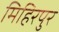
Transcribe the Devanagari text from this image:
मिहिरपुर